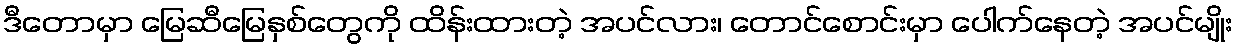
ဒီတောမှာ မြေဆီမြေနှစ်တွေကို ထိန်းထားတဲ့ အပင်လား၊ တောင်စောင်းမှာ ပေါက်နေတဲ့ အပင်မျိုး